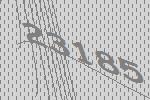
23185